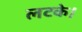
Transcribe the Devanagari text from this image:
लटके।